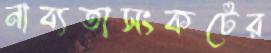
নাব্যতাসংকটের